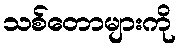
သစ်တောများကို